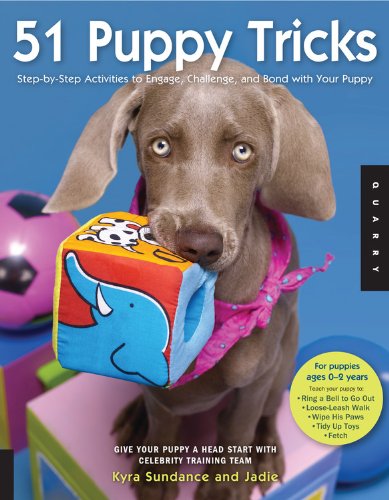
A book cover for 51 Puppy Tricks: Step-by-Step Activities to Engage, Challenge, and Bond with Your Puppy; Kyra Sundance; Crafts, Hobbies & Home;